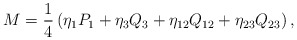
\begin{align*}M = {1 \over 4} \left( \eta_1 P_{1} + \eta_3 Q_{3} + \eta_{12} Q_{12} + \eta_{23} Q_{23} \right) ,\end{align*}